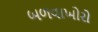
બળવાખોરો